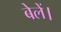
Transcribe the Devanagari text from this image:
बेलें।